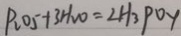
P _ { 2 } O _ { 5 } + 3 H _ { 2 } O = 2 H _ { 3 } P O y